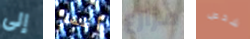
إلى أظهر مزارع شخص